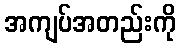
အကျပ်အတည်းကို